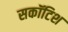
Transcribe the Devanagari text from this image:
सकॉटिश